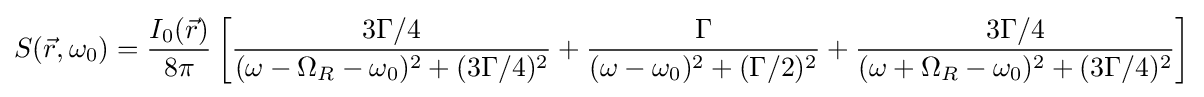
S({\vec {r}},\omega _{0})={\frac {I_{0}({\vec {r}})}{8\pi }}\left[{\frac {3\Gamma /4}{(\omega -\Omega _{R}-\omega _{0})^{2}+(3\Gamma /4)^{2}}}+{\frac {\Gamma }{(\omega -\omega _{0})^{2}+(\Gamma /2)^{2}}}+{\frac {3\Gamma /4}{(\omega +\Omega _{R}-\omega _{0})^{2}+(3\Gamma /4)^{2}}}\right]